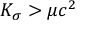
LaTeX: K _ { \sigma } > \mu c ^ { 2 }